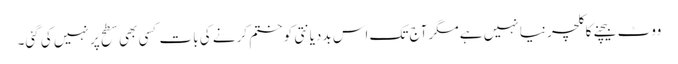
ووٹ بیچنے کا کلچر نیا نہیں ہے مگر آج تک اس بددیانتی کو ختم کرنے کی بات کسی بھی سطح پر نہیں کی گئی۔